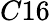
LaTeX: C16